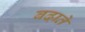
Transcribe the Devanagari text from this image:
बढा़ते